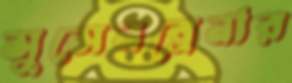
সুসেনব্রেনার